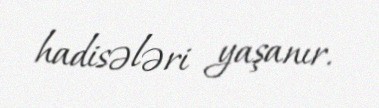
hadisələri yaşanır.